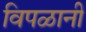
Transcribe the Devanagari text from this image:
विपळानी